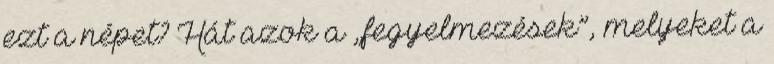
ezt a népet? Hát azok a „fegyelmezések”, melyeket a